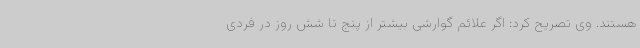
هستند. وی تصریح کرد: اگر علائم گوارشی بیشتر از پنج تا شش روز در فردی